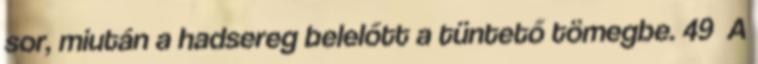
sor, miután a hadsereg belelőtt a tüntető tömegbe. 49 A